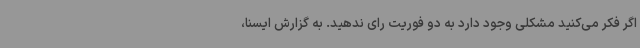
اگر فکر می‌کنید مشکلی وجود دارد به دو فوریت رای ندهید. به گزارش ایسنا،